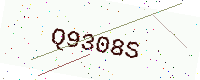
Text: Q9308S